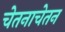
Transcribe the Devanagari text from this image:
चेतनाचेतन